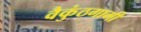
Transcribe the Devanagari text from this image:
वैकुंठगामी